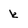
Character: k